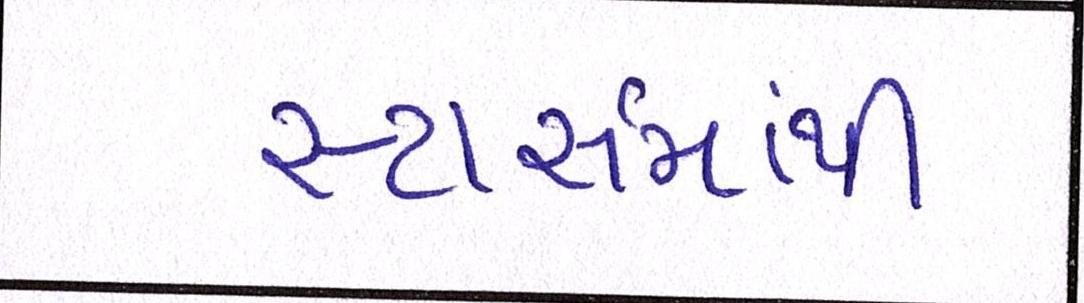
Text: સ્ટાર્સમાંથી